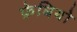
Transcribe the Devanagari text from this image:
फ़ेबियो